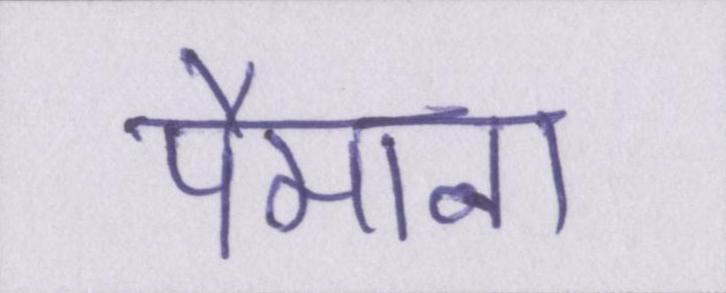
पैमाना